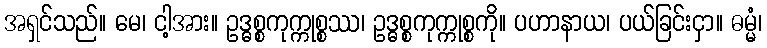
အရှင်သည်။ မေ၊ ငါ့အား။ ဥဒ္ဓစ္စကုက္ကုစ္စဿ၊ ဥဒ္ဓစ္စကုက္ကုစ္စကို။ ပဟာနာယ၊ ပယ်ခြင်းငှာ။ ဓမ္မံ၊